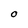
Character: O